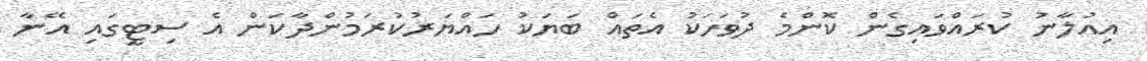
އިއުލާނު ކުރައްވައިގެން ކޮންމެ ދުވަހަކު އެތައް ބަޔަކު ހައްޔަރުކުރަމުންދާކަން އެ ސިޓީގައި އޭނާ